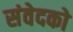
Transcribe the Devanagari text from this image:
संवेदको